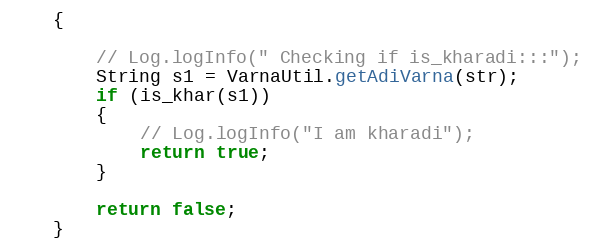
Language: Java
    {

        // Log.logInfo(" Checking if is_kharadi:::");
        String s1 = VarnaUtil.getAdiVarna(str);
        if (is_khar(s1))
        {
            // Log.logInfo("I am kharadi");
            return true;
        }

        return false;
    }